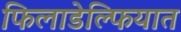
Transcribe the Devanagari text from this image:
फिलाडेल्फियात